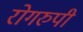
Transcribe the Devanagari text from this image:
रोगरुपी